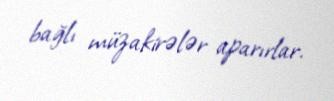
bağlı müzakirələr aparırlar.